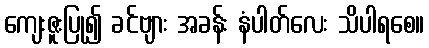
ကျေးဇူးပြု၍ ခင်ဗျား အခန်း နံပါတ်လေး သိပါရစေ။